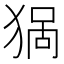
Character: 𱮈